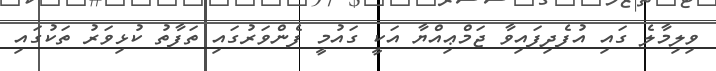
ވިލިމާލެ ގައި އުފެދިފައިވާ ޖަމްޢިއްޔާ އަކީ ގައުމީ ފެންވަރުގައި ތަފާތު ކުޅިވަރު ތަކުގައި